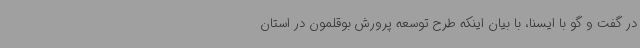
در گفت و گو با ایسنا، با بیان اینکه طرح توسعه پرورش بوقلمون در استان